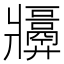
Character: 𬌑